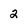
Character: 2